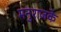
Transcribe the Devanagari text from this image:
मनुराजके